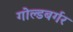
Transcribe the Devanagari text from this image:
गोल्डबर्गर